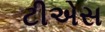
ટીએસ